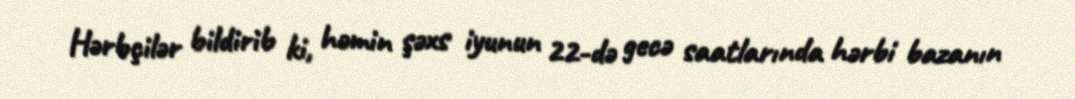
Hərbçilər bildirib ki, həmin şəxs iyunun 22-də gecə saatlarında hərbi bazanın